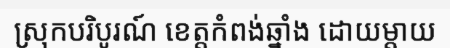
ស្រុកបរិបូរណ៍ ខេត្តកំពង់ឆ្នាំង ដោយម្តាយ